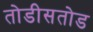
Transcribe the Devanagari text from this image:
तोडीसतोड